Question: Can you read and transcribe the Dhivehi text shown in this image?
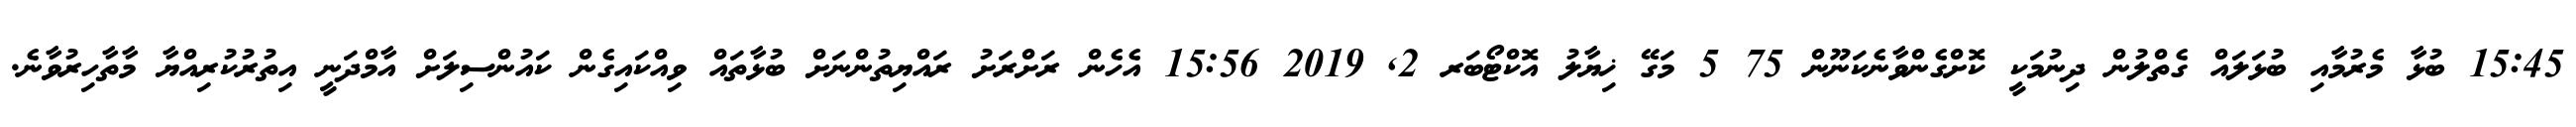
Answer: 15:45 ބުޅާ މެރުމާއި ބުޅަލައް ގެތްލުން ދިނުމަކީ ކޮށްގެންވާނެކަނޫން 75 5 މަގޭ ޚިޔާލު އޮކްޓޯބަރ 2, 2019 15:56 އެހެން ރަށްރަށު ރައްޔިތުންނަށް ބުޅާތައް ވިއްކައިގެން ކައުންސިލަށް އާމްދަނީ އިތުރުކުރިއްޔާ މާތާހިރުވާނެ.